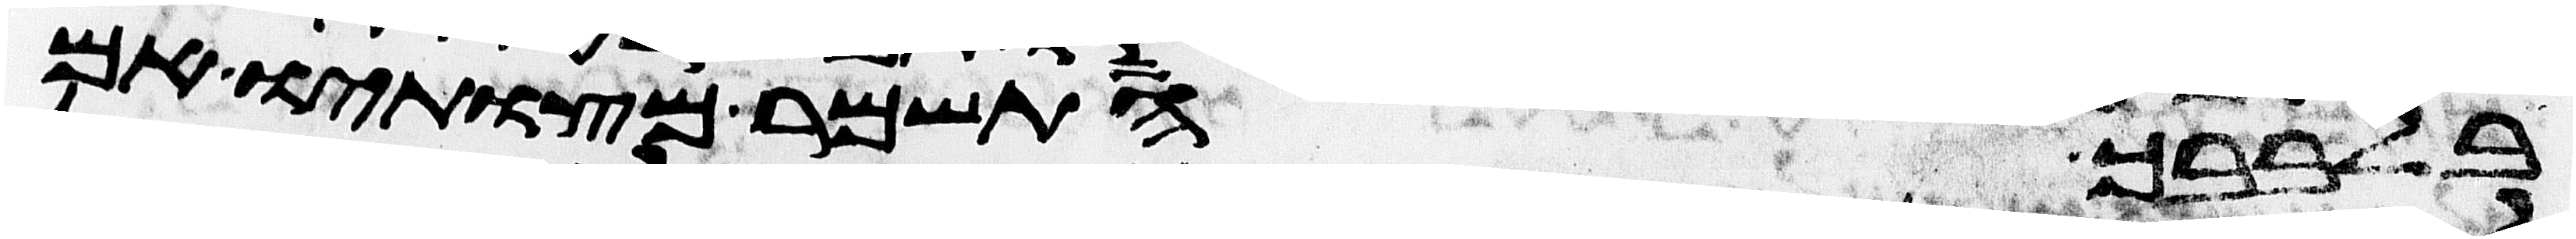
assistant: בלבבך התשמר מצותיו אם